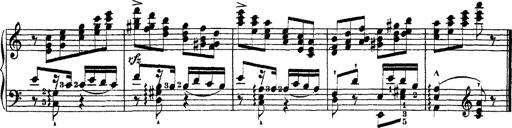
Title: Ã‰tudes d'exÃ©cution transcendante d'aprÃ¨s Paganini
Composer: Franz Liszt